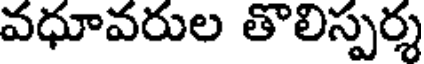
వధూవరుల తొలిస్పర్శ